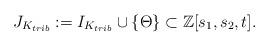
LaTeX: \begin{align*}J_{K_{trib}} := I_{K_{trib}} \cup \{\Theta\} \subset\mathbb{Z}[s_1,s_2,t].\end{align*}